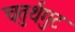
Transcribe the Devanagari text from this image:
चतुर्थगुट